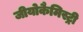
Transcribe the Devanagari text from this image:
जीयोकैमिस्ट्री